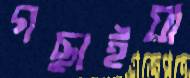
গছাইয়া